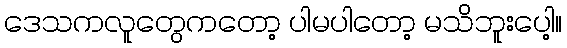
ဒေသကလူတွေကတော့ ပါမပါတော့ မသိဘူးပေါ့။